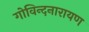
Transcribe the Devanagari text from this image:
गोविन्दनारायण